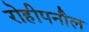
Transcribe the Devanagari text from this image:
रोहीपनौल